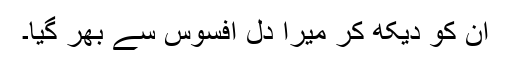
ان کو دیکھ کر میرا دل افسوس سے بھر گیا۔